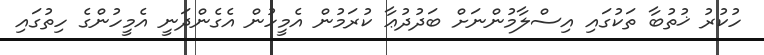
ހުކުރު ޚުތުބާ ތަކުގައި އިސްލާމުންނަށް ބަދުދުޢާ ކުރަމުން އެމީހުން އެގެންދަނީ އެމީހުންގެ ހިތުގައި